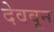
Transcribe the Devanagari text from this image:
देववून